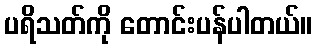
ပရိသတ်ကို တောင်းပန်ပါတယ်။